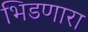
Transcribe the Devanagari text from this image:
भिडणारा